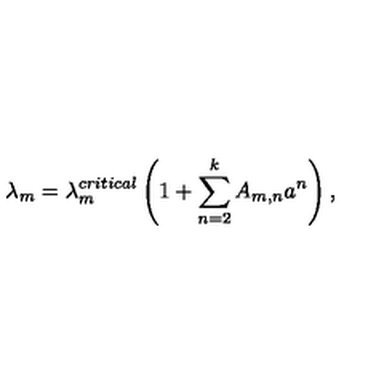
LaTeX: \lambda _ { m } = \lambda _ { m } ^ { c r i t i c a l } \left( 1 + \sum _ { n = 2 } ^ { k } A _ { m , n } a ^ { n } \right) ,